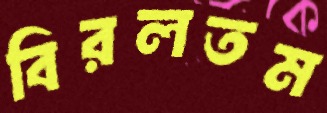
বিরলতম